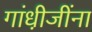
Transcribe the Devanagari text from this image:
गांधी़जींना